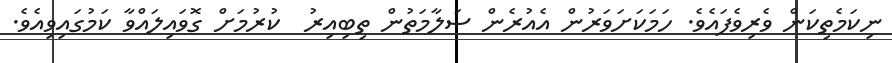
ނިކަމެތިކަން ވެރިވެފައެވެ. ހަމަކަށަވަރުން އެއުރެން ސަލާމަތުން ތިބިއިރު  ކުރުމަށް ގޮވައިލައްވާ ކަމުގައިވިއެވެ.